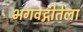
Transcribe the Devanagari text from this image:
भगवद्गीतेला